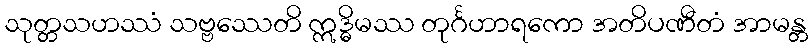
သုတ္တသဟဿံ သဗ္ဗဿေတိ ဣဒ္ဓိမဿ တုင်္ဂဟာရကော အတိပဏီတံ အာမန္တ